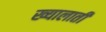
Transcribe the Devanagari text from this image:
ख्यालाती